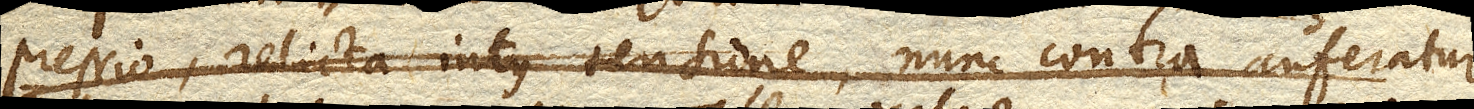
pressio, relicta intus tensione, nunc contra auferatur